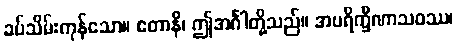
ခပ်သိမ်းကုန်သော။ ဧတာနိ၊ ဤအင်္ဂါတို့သည်။ အပရိက္ခီဏာသဝဿ၊